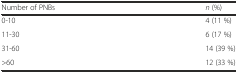
| Number of PNBs | n (%) |
 | --- | --- |
 | 0-10 | 4 (11 %) |
 | 11-30 | 6 (17 %) |
 | 31-60 | 14 (39 %) |
 | >60 | 12 (33 %) |